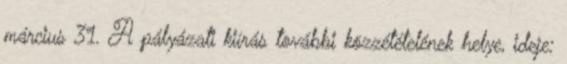
március 31. A pályázati kiírás további közzétételének helye, ideje: